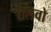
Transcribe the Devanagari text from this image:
तलवो